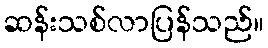
ဆန်းသစ်လာပြန်သည်။